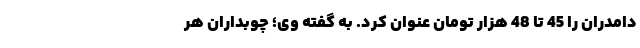
دامدران را 45 تا 48 هزار تومان عنوان کرد. به گفته وی؛ چوبداران هر